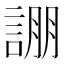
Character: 𮘚